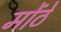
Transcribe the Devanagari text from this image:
मोंठे